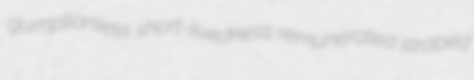
gumptionless short-livedness remunerated strobed